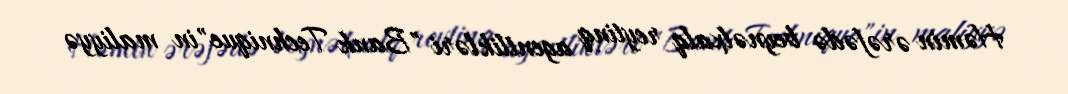
Həmin ərəfədə beynəlxalq reytinq agentlikləri "Bank Technique"in maliyyə